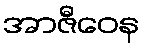
အာဇီဝေန